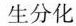
生分化